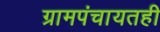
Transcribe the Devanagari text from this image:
ग्रामपंचायतही